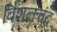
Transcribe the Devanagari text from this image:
बिशनचंद्र